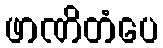
ဖာဏိတံပေ